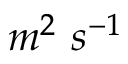
m ^ { 2 } \ s ^ { - 1 }